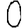
Digit: 0